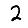
Digit: 2